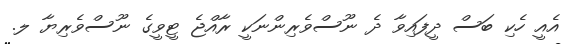
އެއީ ހެކި ބަސް ދީފައިވާ ދެ ނޫސްވެރިންނަކީ ރާއްޖެ ޓީވީގެ ނޫސްވެރިޔާ ލ.